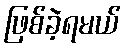
ဖြစ်ခဲ့ရမယ်